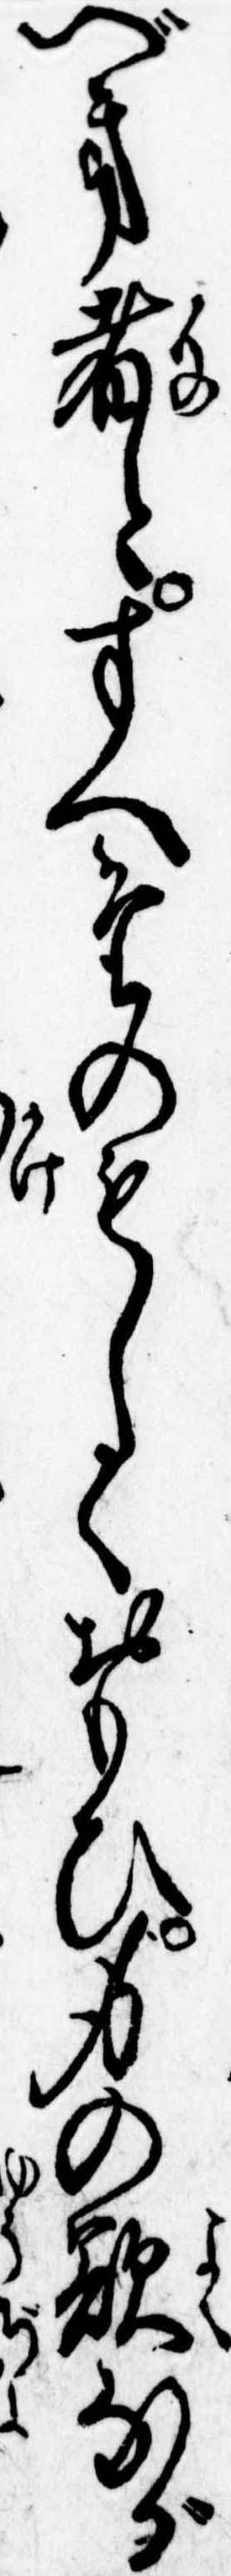
べき者とすへたのもしくおもひ身の欲なが